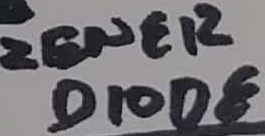
Text: ZENER DIODE